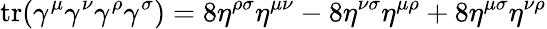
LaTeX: \operatorname{tr}(\gamma^{\mu}\gamma^{\nu}\gamma^{\rho}\gamma^{\sigma})=8\eta^{\rho\sigma}\eta^{\mu\nu}-8\eta^{\nu\sigma}\eta^{\mu\rho}+8\eta^{\mu\sigma}\eta^{\nu\rho}